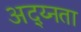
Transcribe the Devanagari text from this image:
अद्य्नता